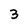
Character: 3